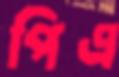
পিএ